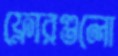
ফ্লোরগুলো